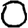
Digit: 0